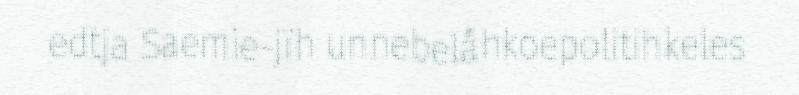
edtja Saemie-jïh unnebelåhkoepolitihkeles